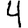
Digit: 4